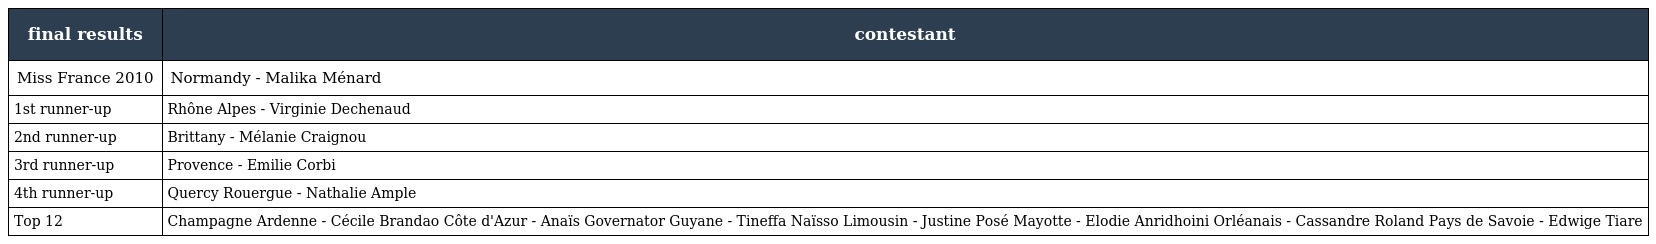
| final results | contestant |
 | --- | --- |
 | Miss France 2010 | Normandy - Malika Ménard |
 | 1st runner-up | Rhône Alpes - Virginie Dechenaud |
 | 2nd runner-up | Brittany - Mélanie Craignou |
 | 3rd runner-up | Provence - Emilie Corbi |
 | 4th runner-up | Quercy Rouergue - Nathalie Ample |
 | Top 12 | Champagne Ardenne - Cécile Brandao Côte d'Azur - Anaïs Governator Guyane - Tineffa Naïsso Limousin - Justine Posé Mayotte - Elodie Anridhoini Orléanais - Cassandre Roland Pays de Savoie - Edwige Tiare |